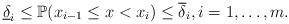
LaTeX: \begin{align*}\underline{\delta}_i \leq \mathbb{P}(x_{i-1} \leq x < x_{i} ) \leq \overline{\delta}_i, i=1, \ldots, m.\end{align*}